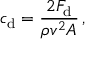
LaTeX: c _ { \mathrm { d } } = { \frac { 2 F _ { \mathrm { d } } } { \rho v ^ { 2 } A } } \, ,